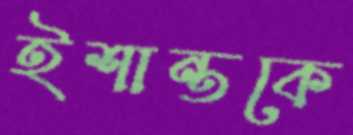
ইশান্তকে